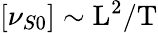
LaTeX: [\nu_{S0}]\sim\mathrm{L}^{2}/\mathrm{T}